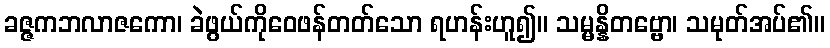
ခဇ္ဇကဘလာဇကော၊ ခဲဖွယ်ကိုဝေဖန်တတ်သော ရဟန်းဟူ၍။ သမ္မန္နိတဗ္ဗော၊ သမုတ်အပ်၏။